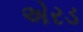
એરડ